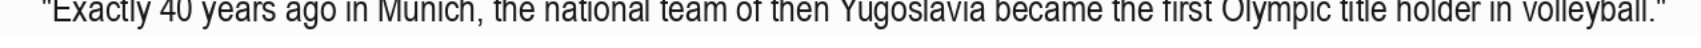
"Exactly 40 years ago in Munich, the national team of then Yugoslavia became the first Olympic title holder in volleyball."